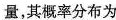
量，其概率分布为